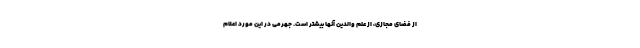
از فضای مجازی، از علم والدین آنها بیشتر است. جهرمی در این مورد اعلام